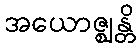
အယောဇ္ဈန္တိ